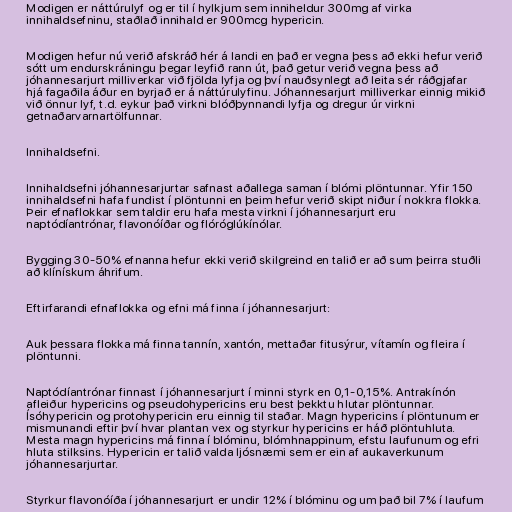
Modigen er náttúrulyf og er til í hylkjum sem inniheldur 300mg af virka
innihaldsefninu, staðlað innihald er 900mcg hypericin.

Modigen hefur nú verið afskráð hér á landi en það er vegna þess að ekki hefur verið
sótt um endurskráningu þegar leyfið rann út, það getur verið vegna þess að
jóhannesarjurt milliverkar við fjölda lyfja og því nauðsynlegt að leita sér ráðgjafar
hjá fagaðila áður en byrjað er á náttúrulyfinu. Jóhannesarjurt milliverkar einnig mikið
við önnur lyf, t.d. eykur það virkni blóðþynnandi lyfja og dregur úr virkni
getnaðarvarnartölfunnar.

Innihaldsefni.

Innihaldsefni jóhannesarjurtar safnast aðallega saman í blómi plöntunnar. Yfir 150
innihaldsefni hafa fundist í plöntunni en þeim hefur verið skipt niður í nokkra flokka.
Þeir efnaflokkar sem taldir eru hafa mesta virkni í jóhannesarjurt eru
naptódíantrónar, flavonóíðar og flóróglúkínólar.

Bygging 30-50% efnanna hefur ekki verið skilgreind en talið er að sum þeirra stuðli
að klínískum áhrifum.

Eftirfarandi efnaflokka og efni má finna í jóhannesarjurt:

Auk þessara flokka má finna tannín, xantón, mettaðar fitusýrur, vítamín og fleira í
plöntunni.

Naptódíantrónar finnast í jóhannesarjurt í minni styrk en 0,1-0,15%. Antrakínón
afleiður hypericins og pseudohypericins eru best þekktu hlutar plöntunnar.
Ísóhypericin og protohypericin eru einnig til staðar. Magn hypericins í plöntunum er
mismunandi eftir því hvar plantan vex og styrkur hypericins er háð plöntuhluta.
Mesta magn hypericins má finna í blóminu, blómhnappinum, efstu laufunum og efri
hluta stilksins. Hypericin er talið valda ljósnæmi sem er ein af aukaverkunum
jóhannesarjurtar.

Styrkur flavonóíða í jóhannesarjurt er undir 12% í blóminu og um það bil 7% í laufum